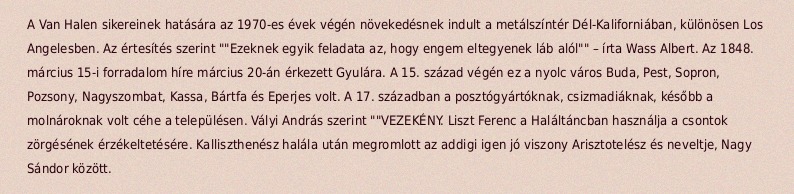
A Van Halen sikereinek hatására az 1970-es évek végén növekedésnek indult a metálszíntér Dél-Kaliforniában, különösen Los Angelesben. Az értesítés szerint ""Ezeknek egyik feladata az, hogy engem eltegyenek láb alól"" – írta Wass Albert. Az 1848. március 15-i forradalom híre március 20-án érkezett Gyulára. A 15. század végén ez a nyolc város Buda, Pest, Sopron, Pozsony, Nagyszombat, Kassa, Bártfa és Eperjes volt. A 17. században a posztógyártóknak, csizmadiáknak, később a molnároknak volt céhe a településen. Vályi András szerint ""VEZEKÉNY. Liszt Ferenc a Haláltáncban használja a csontok zörgésének érzékeltetésére. Kalliszthenész halála után megromlott az addigi igen jó viszony Arisztotelész és neveltje, Nagy Sándor között.